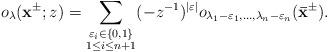
LaTeX: \begin{align*}o_\lambda(\mathbf{x}^{\pm};z)=\sum_{\substack{\varepsilon_i\in\{0,1\}\\1\leq i\leq n+1}}(-z^{-1})^{|\varepsilon|}o_{\lambda_1-\varepsilon_1,\dots,\lambda_{n}-\varepsilon_{n}}(\mathbf{\bar{x}}^{\pm}).\end{align*}